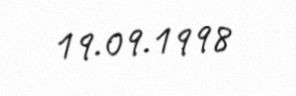
19.09.1998